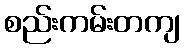
စည်းကမ်းတကျ